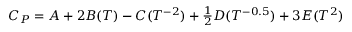
C _ { P } = A + 2 B ( T ) - C ( T ^ { - 2 } ) + \textstyle { \frac { 1 } { 2 } } D ( T ^ { - 0 . 5 } ) + 3 E ( T ^ { 2 } )